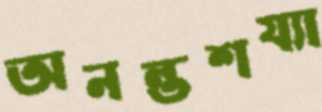
অনন্তশয্যা